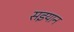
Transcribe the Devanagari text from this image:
सइयान